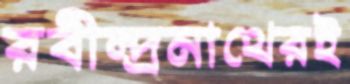
রবীন্দ্রনাথেরই